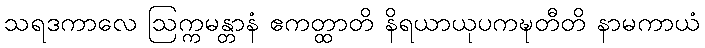
သရဒကာလေ ဩက္ကမန္တာနံ ဧကတ္ထာတိ နိရယာယုပကဍ္ဎတီတိ နာမကာယံ